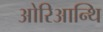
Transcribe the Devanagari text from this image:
ओरिआन्थि